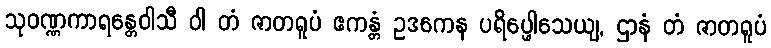
သုဝဏ္ဏကာရန္တေဝါသီ ဝါ တံ ဇာတရူပံ ဧကန္တံ ဥဒကေန ပရိပ္ဖေါသေယျ, ဌာနံ တံ ဇာတရူပံ